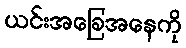
ယင်းအခြေအနေကို